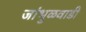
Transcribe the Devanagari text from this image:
जांभुळवाडी